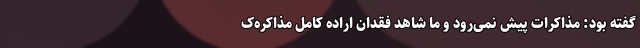
گفته بود: مذاکرات پیش نمی‌رود و ما شاهد فقدان اراده کامل مذاکره‌ک